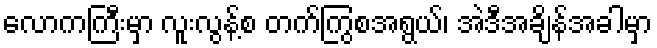
လောကကြီးမှာ လူးလွန့်စ တက်ကြွစအရွယ်၊ အဲဒီအချိန်အခါမှာ